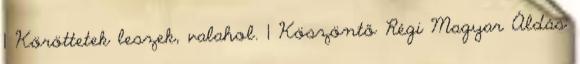
1 Köröttetek leszek, valahol. 1 Köszöntő Régi Magyar Áldás